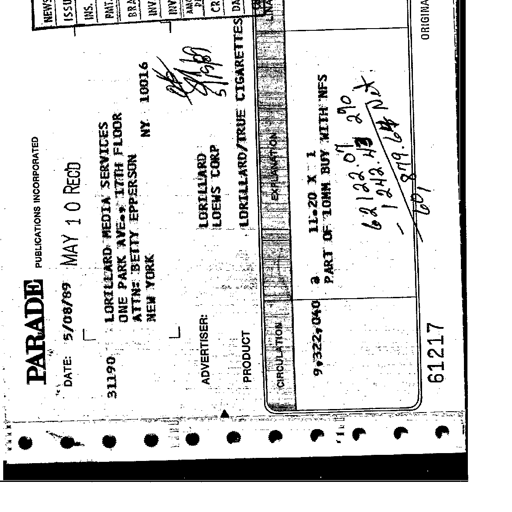
PARADE PUBLICATIONS INCORPORATED
DATE: 5/08/89 MAY 10 RECD
31190 LORILLARD MEDIA SERVICES
ONE PARK AVE. 17TH FLOOR
ATTN: BETTY EPPERSON
NEW YORK NY 10016
OK
5/19/89
ADVERTISER: LORILLARD
LOEWS CORP
PRODUCT LORILLARD/TRUE CIGARETTES
CIRCULATION EXPLANATION
9,322,040 @ 11.20 X 1
PART OF 10MM BUY WITH NFS
62122.07 290
- 1242.43 Net
60879.64 Net
61217